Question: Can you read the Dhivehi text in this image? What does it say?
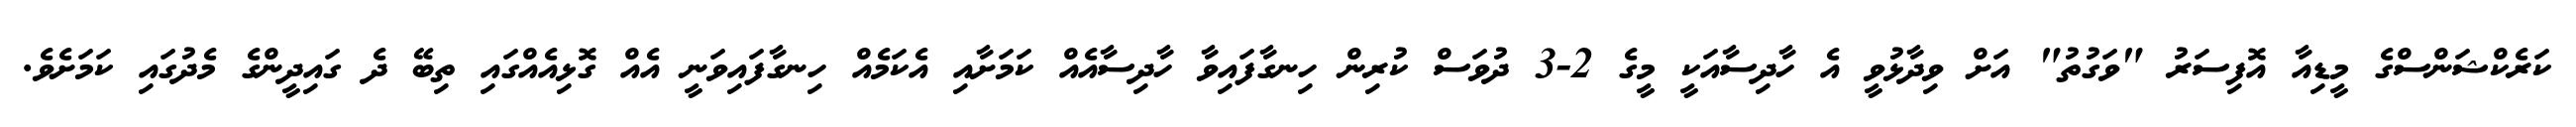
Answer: ކަރެކްޝަންސްގެ މީޑިއާ އޮފިސަރު "ވަގުތު" އަށް ވިދާޅުވީ އެ ހާދިސާއަކީ މީގެ 2-3 ދުވަސް ކުރިން ހިނގާފައިވާ ހާދިސާއެއް ކަމަށާއި އެކަމެއް ހިނގާފައިވަނީ އެއް ގޮޅިއެއްގައި ތިބޭ ދެ ގައިދީންގެ މެދުގައި ކަމަށެވެ.